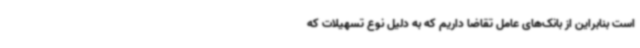
است بنابراین از بانک‌های عامل تقاضا داریم که به دلیل نوع تسهیلات که